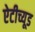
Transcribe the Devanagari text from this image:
ऐटीच्यूड